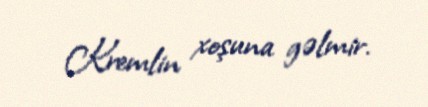
Kremlin xoşuna gəlmir.